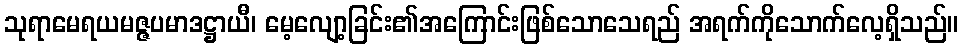
သုရာမေရယမဇ္ဇပမာဒဋ္ဌာယီ၊ မေ့လျော့ခြင်း၏အကြောင်းဖြစ်သောသေရည် အရက်ကိုသောက်လေ့ရှိသည်။